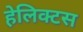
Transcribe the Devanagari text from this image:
हेलिक्टस